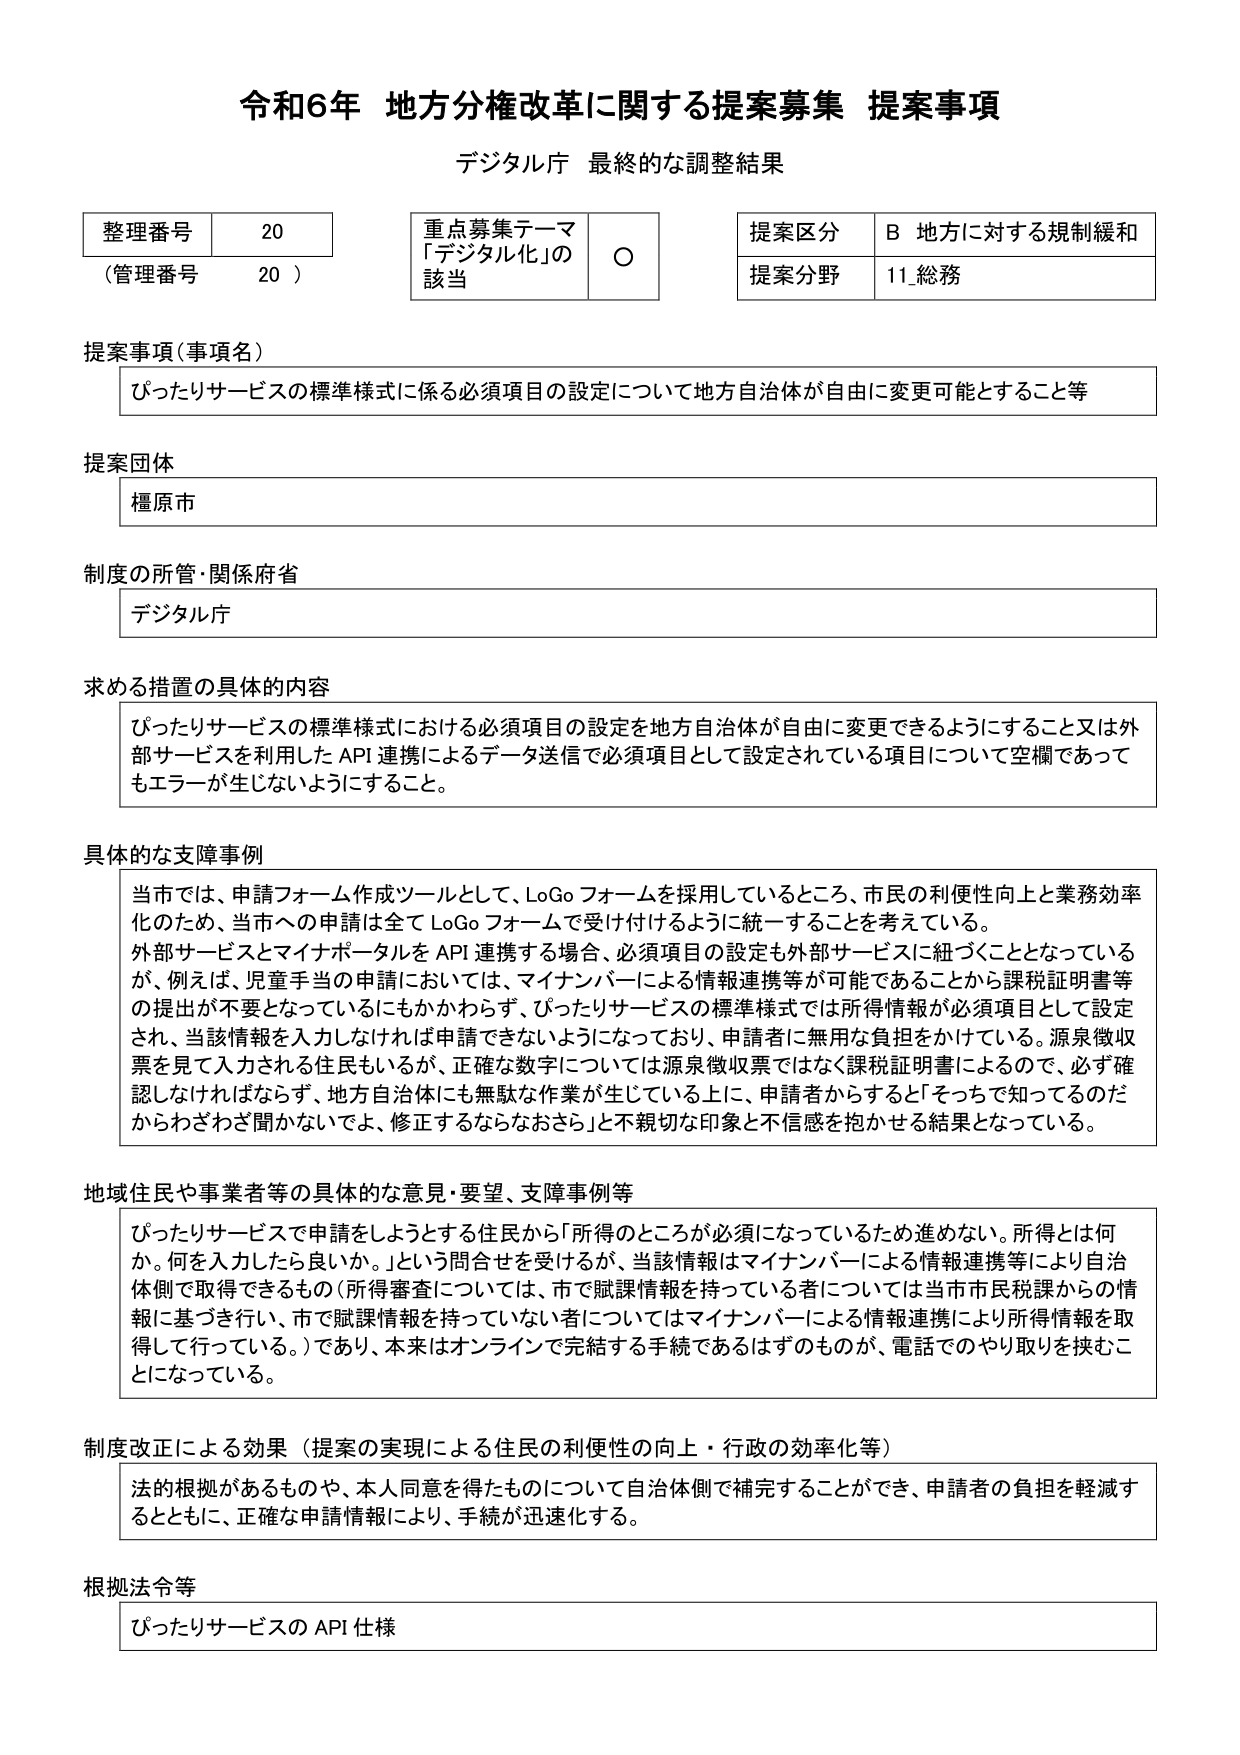
令和6年 地方分権改革に関する提案募集 提案事項
デジタル庁 最終的な調整結果

整理番号 20
（管理番号 20）

重点募集テーマ
「デジタル化」の該当 ○

提案区分 B 地方に対する規制緩和
提案分野 11_総務

提案事項（事項名）
ぴったりサービスの標準様式に係る必須項目の設定について地方自治体が自由に変更可能とすること等

提案団体
橿原市

制度の所管・関係府省
デジタル庁

求める措置の具体的内容
ぴったりサービスの標準様式における必須項目の設定を地方自治体が自由に変更できるようにすること又は外部サービスを利用したAPI連携によるデータ送信で必須項目として設定されている項目について空欄であってもエラーが生じないようにすること。

具体的な支障事例
当市では、申請フォーム作成ツールとして、LoGoフォームを採用しているところ、市民の利便性向上と業務効率化のため、当市への申請は全てLoGoフォームで受け付けるように統一することを考えている。
外部サービスとマイナポータルをAPI連携する場合、必須項目の設定も外部サービスに紐づくこととなっているが、例えば、児童手当の申請においては、マイナンバーによる情報連携等が可能であることから課税証明書等の提出が不要となっているにもかかわらず、ぴったりサービスの標準様式では所得情報が必須項目として設定され、当該情報を入力しなければ申請できないようになっており、申請者に無用な負担をかけている。源泉徴収票を見て入力される住民もいるが、正確な数字については源泉徴収票ではなく課税証明書によるので、必ず確認しなければならず、地方自治体にも無駄な作業が生じている上に、申請者からすると「そっちで知ってるのだからわざわざ聞かないでよ、修正するならなおさら」と不親切な印象と不信感を抱かせる結果となっている。

地域住民や事業者等の具体的な意見・要望、支障事例等
ぴったりサービスで申請をしようとする住民から「所得のところが必須になっているため進めない。所得とは何か。何を入力したら良いか。」という問合せを受けるが、当該情報はマイナンバーによる情報連携等により自治体側で取得できるもの（所得審査については、市で賦課情報を持っている者については当市市民税課からの情報に基づき行い、市で賦課情報を持っていない者についてはマイナンバーによる情報連携により所得情報を取得して行っている。）であり、本来はオンラインで完結する手続であるはずのものが、電話でのやり取りを挟むことになっている。

制度改正による効果（提案の実現による住民の利便性の向上・行政の効率化等）
法的根拠があるものや、本人同意を得たものについて自治体側で補完することができ、申請者の負担を軽減するとともに、正確な申請情報により、手続が迅速化する。

根拠法令等
ぴったりサービスのAPI仕様